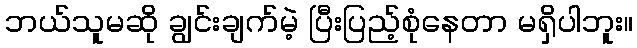
ဘယ်သူမဆို ချွင်းချက်မဲ့ ပြီးပြည့်စုံနေတာ မရှိပါဘူး။